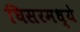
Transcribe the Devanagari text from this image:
घिसरमध्ये